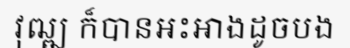
វុឍ្ឍ ក៏បានអះអាងដូចបង